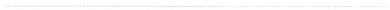
___